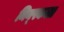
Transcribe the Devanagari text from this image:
मिन्स्कला